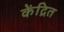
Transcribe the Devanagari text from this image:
केंद्रित